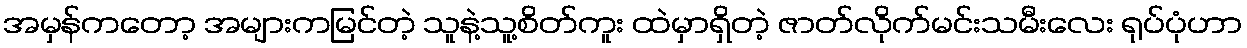
အမှန်ကတော့ အများကမြင်တဲ့ သူနဲ့သူ့စိတ်ကူး ထဲမှာရှိတဲ့ ဇာတ်လိုက်မင်းသမီးလေး ရုပ်ပုံဟာ